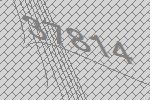
37814